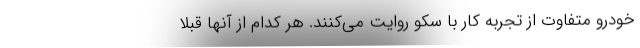
خودرو متفاوت از تجربه کار با سکو روایت می‌کنند. هر کدام از آنها قبلا